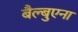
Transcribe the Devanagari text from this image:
बैल्बुएना